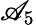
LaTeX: \mathscr{A}_{5}